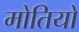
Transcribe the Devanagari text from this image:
मोतियो